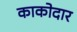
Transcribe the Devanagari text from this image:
काकोदार